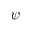
\psi